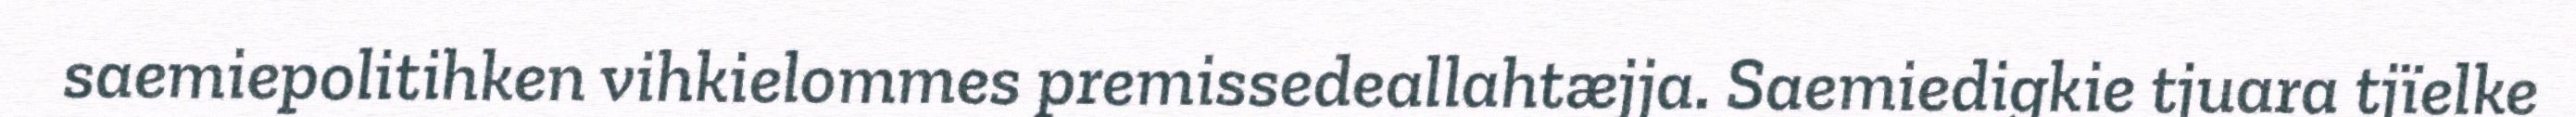
saemiepolitihken vihkielommes premissedeallahtæjja. Saemiedigkie tjuara tjïelke